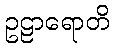
ဥဠာရောတိ